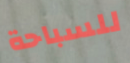
للسباحة